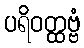
ပရိဝတ္ထဗ္ဗံ